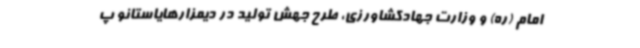
امام (ره) و وزارت جهادکشاورزی، طرح جهش تولید در دیمزارهایاستانو پ